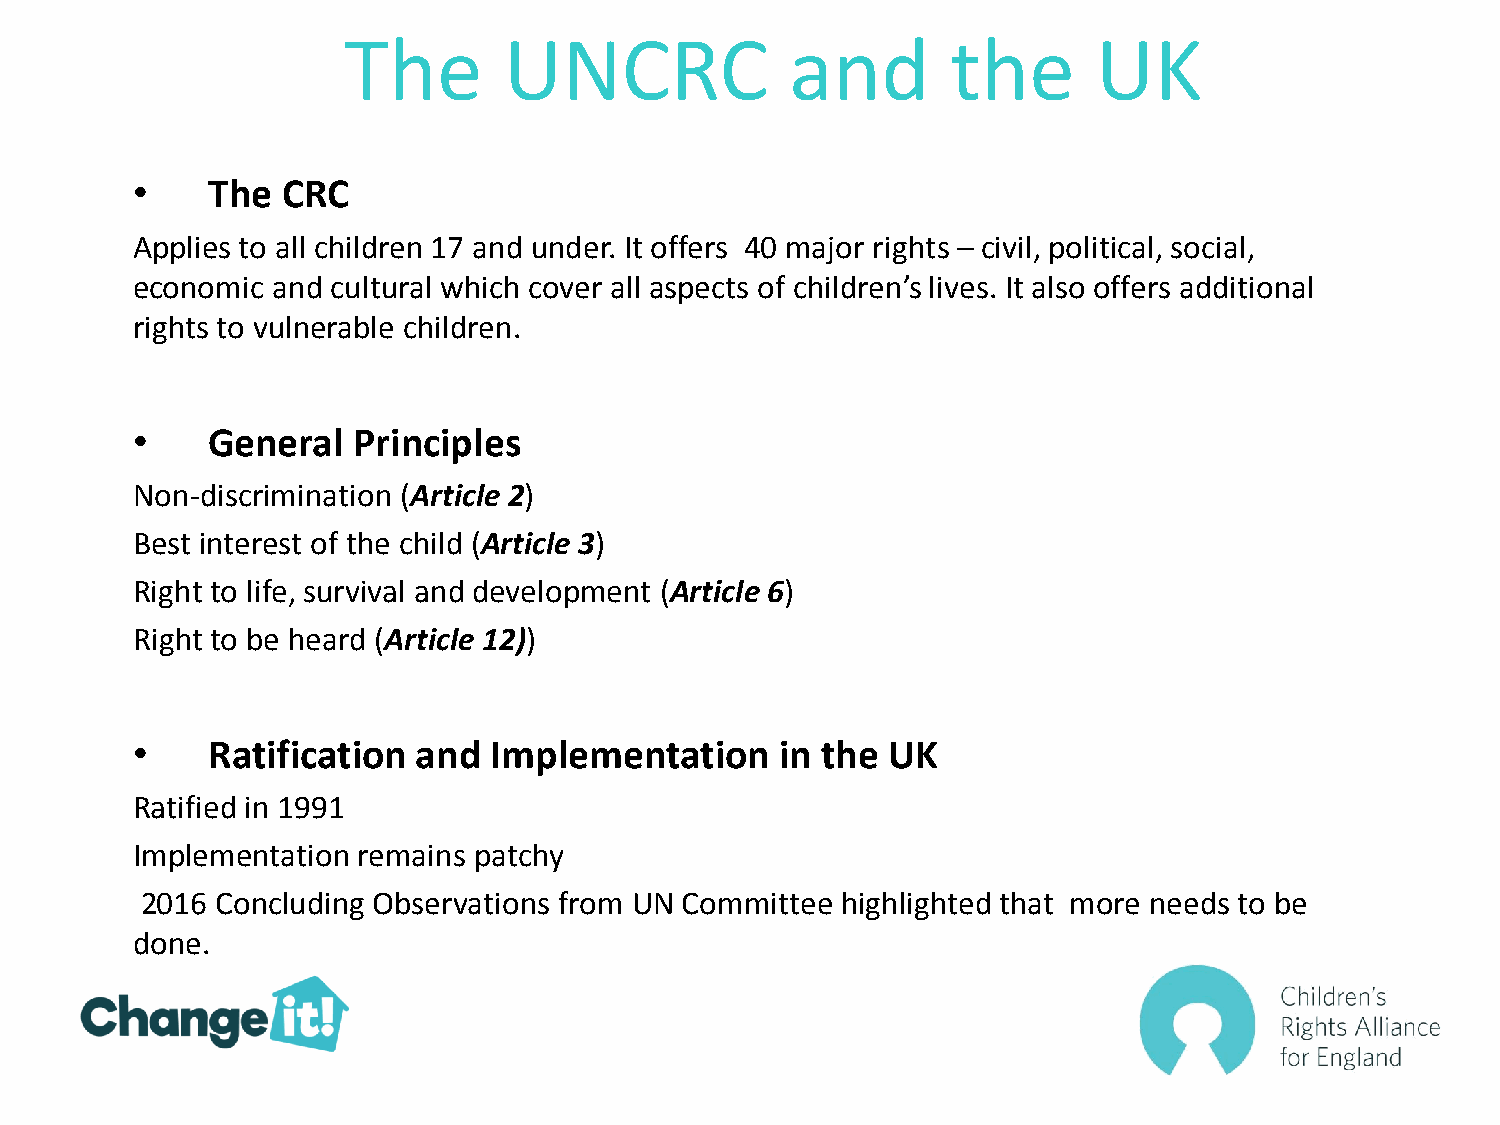
The       UNCRC              and        the       UK
 •    The  CRC
 Applies to all children 17 and under. It offers 40 major rights – civil, political, social,
 economic and cultural which cover all aspects of children’s lives. It also offers additional
 rights to vulnerable children.
 •    General  Principles
 Non-discrimination (Article 2)
 Best interest of the child (Article 3)
 Right to life, survival and development (Article 6)
 Right to be heard (Article 12))
 •    Ratification  and Implementation      in the UK
 Ratified in 1991
 Implementation remains patchy
 2016 Concluding Observations from UN Committee highlighted that more needs to be
 done.